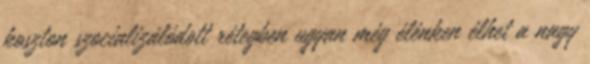
koszton szocializálódott rétegben ugyan még élénken élhet a nagy